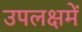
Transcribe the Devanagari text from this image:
उपलक्षमें